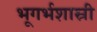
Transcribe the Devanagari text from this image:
भूगर्भशास्री